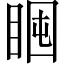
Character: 𥇈